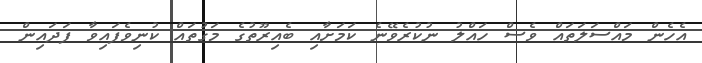
އެހެން މައްސަލަތައް ވެސް ހައްލު ނުކުރެވޭނެ ކަމަށާއި ބެއިރޫތުގެ މަގުތައް ކުނިވެފައިވާ ފަދައިން